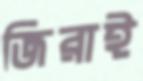
জিরাই